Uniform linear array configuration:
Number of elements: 32
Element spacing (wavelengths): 1
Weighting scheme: hamming
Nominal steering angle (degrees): -45
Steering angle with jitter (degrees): -46.213
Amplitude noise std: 0.05
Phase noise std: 0.05

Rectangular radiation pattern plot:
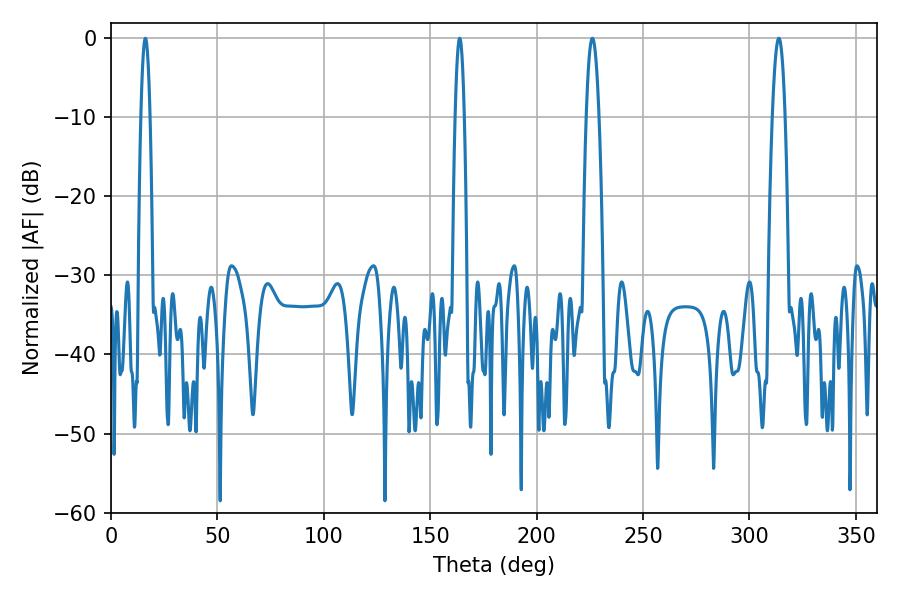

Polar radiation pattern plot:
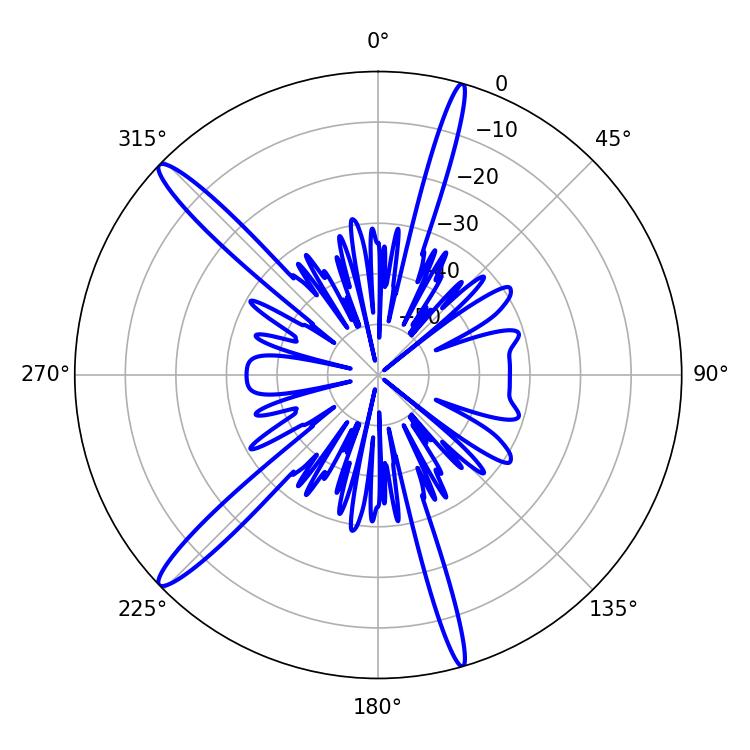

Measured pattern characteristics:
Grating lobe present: TRUE
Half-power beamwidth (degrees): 2.34
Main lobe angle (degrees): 163.8